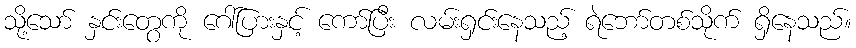
သို့သော် နှင်းတွေကို ဂေါ်ပြားနှင့် ကော်ပြီး လမ်းရှင်းနေသည့် ရဲဘော်တစ်သိုက် ရှိနေသည်။